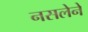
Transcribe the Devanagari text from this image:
नसलेने